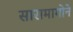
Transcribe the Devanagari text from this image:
सारामागोने